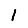
Digit: 1